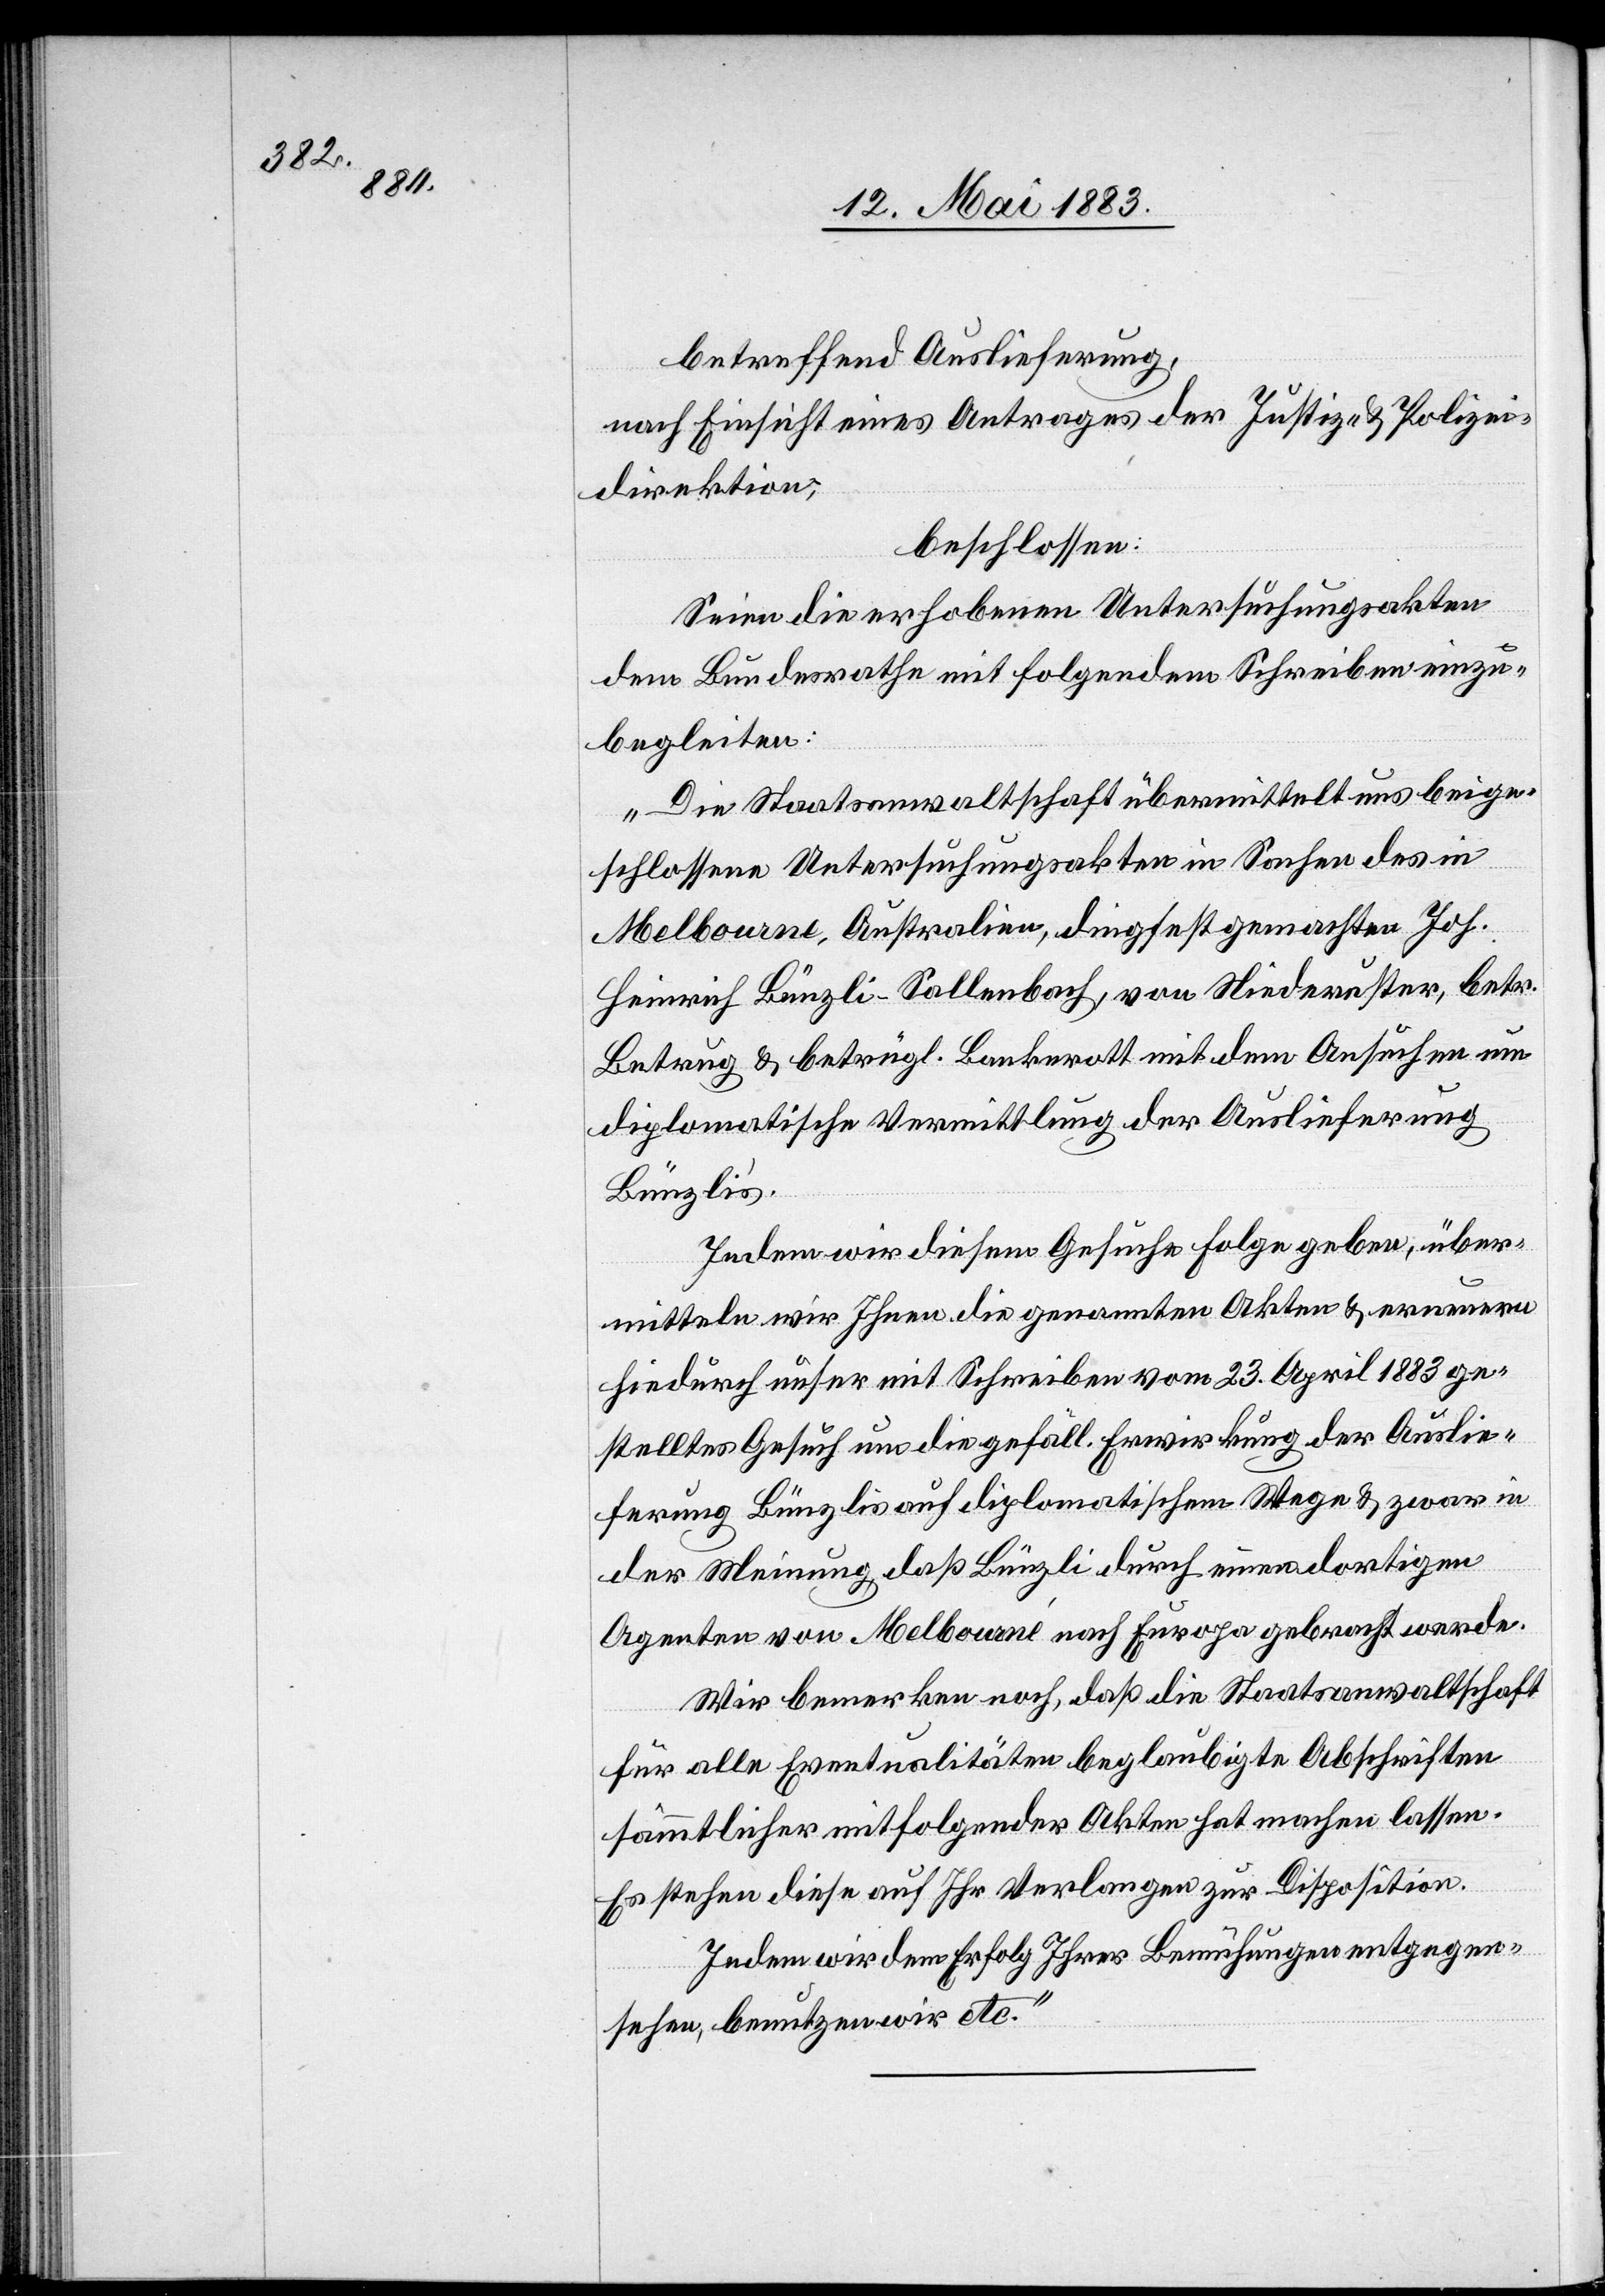
betreffend Auslieferung,
nach Einsicht eines Antrages der Justiz- & Polizei¬
direktion,
beschlossen:
Seien die erhobenen Unterstützungsakten
dem Bundesrathe mit folgendem Schreiben einzu¬
begleiten:
„Die Staatsanwaltschaft übermittelt uns beige¬
schlossene Untersuchungsakten in Sachen des in
Melbourné, Australien, dingfest gemachten Joh.
Heinrich Bünzli-Sallenbach, von Niederuster, betr.
Betrug & betrügl. Bankrott mit dem Ansuchen um
diplomatische Vermittlung der Auslieferung
Bünzli’s.
Indem wir diesem Gesuche Folge geben, über¬
mitteln wir Ihnen die genannten Akten & erneuern
hiedurch unser mit Schreiben vom 23. April 1883 ge¬
stelltes Gesuch um die gefäll. Erwirkung der Auslie¬
ferung Bünzlis auf diplomatischem Wege & zwar in
der Meinung, daß Bünzli durch einen dortigen
Agenten von Melbourné nach Europa gebracht werde.
Wir bemerken noch, daß die Staatsanwaltschaft
für alle Eventualitäten beglaubigte Abschriften
sämmtlicher mitfolgender Akten hat machen lassen.
Es stehen diese auf Ihr Verlangen zur Disposition.
Indem wir dem Erfolg Ihrer Bemühungen entgegen¬
sehen, benutzen wir etc.“